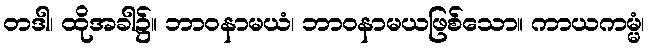
တဒါ၊ ထိုအခါ၌။ ဘာဝနာမယံ၊ ဘာဝနာမယဖြစ်သော။ ကာယကမ္မံ၊